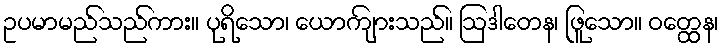
ဥပမာမည်သည်ကား။ ပုရိသော၊ ယောကျ်ားသည်။ ဩဒါတေန၊ ဖြူသော။ ဝတ္ထေန၊